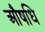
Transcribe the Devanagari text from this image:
औषधि